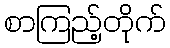
စာကြည့်တိုက်